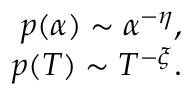
\begin{array} { r } { p ( \alpha ) \sim \alpha ^ { - \eta } , } \\ { p ( T ) \sim T ^ { - \xi } . } \end{array}